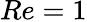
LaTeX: Re=1